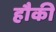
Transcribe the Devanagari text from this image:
हौकी